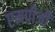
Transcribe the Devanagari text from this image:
एमपीजी